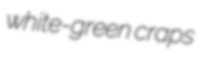
white-green craps